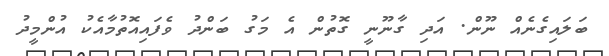
ބަލައިގެނެއް ނޫން. އަދި ގާނޫނީ ގޮތުން އެ މަގު ބަންދު ވެފައިއޮތުމާއެކު އުންމީދު